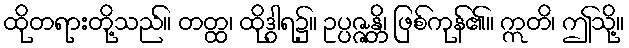
ထိုတရားတို့သည်။ တတ္ထ၊ ထိုဒွါရ၌။ ဥပ္ပဇ္ဇန္တိ၊ ဖြစ်ကုန်၏။ ဣတိ၊ ဤသို့။